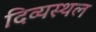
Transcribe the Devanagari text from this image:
दिव्यस्थल